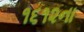
૧૬૧૨ના